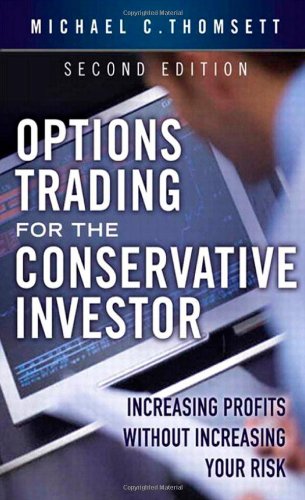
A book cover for Options Trading for the Conservative Investor: Increasing Profits without Increasing Your Risk (2nd Edition); Michael C. Thomsett; Business & Money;